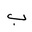
Letter: _ba